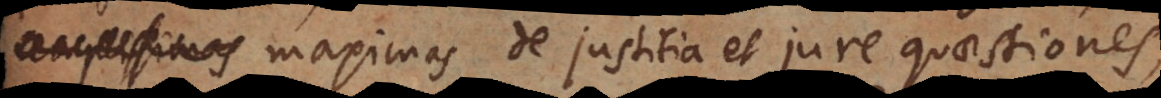
amplissimas maximas de justitia et jure quaestiones,